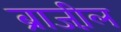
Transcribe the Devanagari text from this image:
ब्राजी़ल